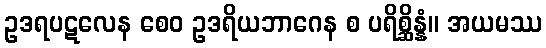
ဥဒရပဋလေန စေဝ ဥဒရိယဘာဂေန စ ပရိစ္ဆိန္နံ။ အယမဿ